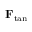
\mathbf { F } _ { \mathrm { t a n } }